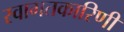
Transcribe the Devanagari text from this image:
स्वागतकारिणी